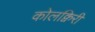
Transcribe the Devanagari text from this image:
कोलक्विरी